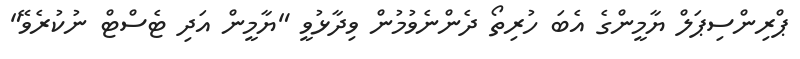
ޕްރިންސިޕަލް ޔާމީންގެ އެބަ ހުރިތޯ ދެންނެވުމުން ވިދާޅުވީ "ޔާމީން އަދި ޓެސްޓް ނުކުރެވޭ"